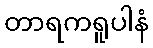
တာရကရူပါနံ